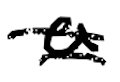
Text: a
Cross-out: double-line
Writing tool: digital_black